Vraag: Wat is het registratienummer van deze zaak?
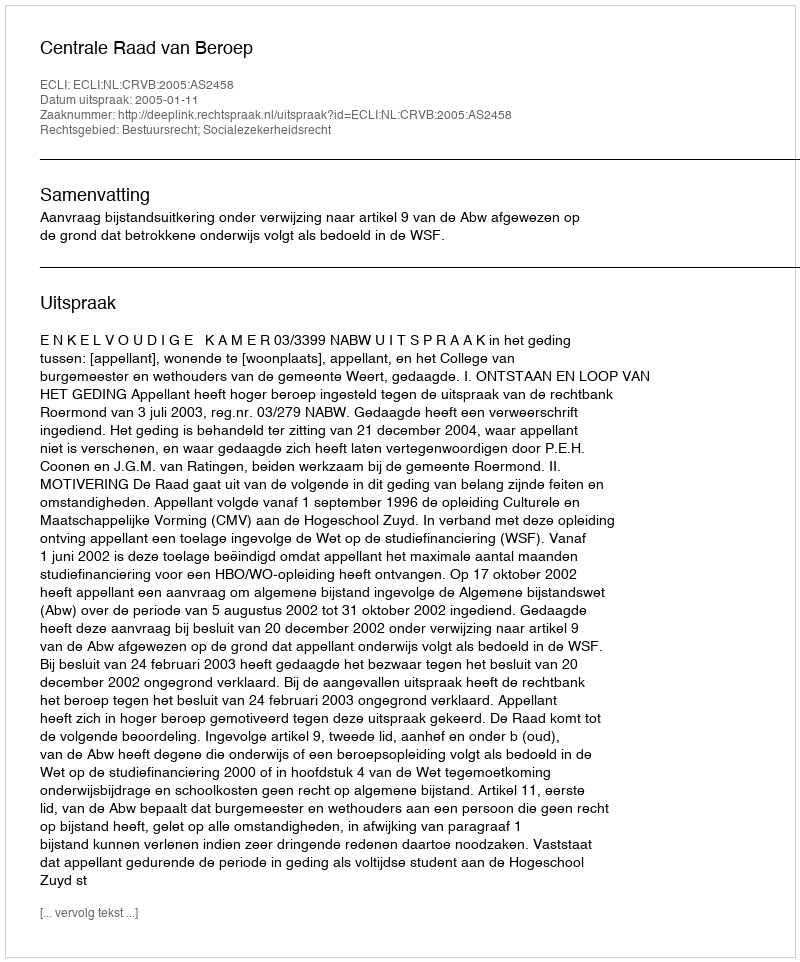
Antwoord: http://deeplink.rechtspraak.nl/uitspraak?id=ECLI:NL:CRVB:2005:AS2458